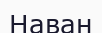
Наван